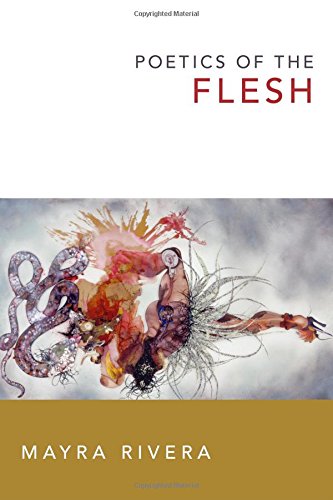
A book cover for Poetics of the Flesh; Mayra Rivera; Politics & Social Sciences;